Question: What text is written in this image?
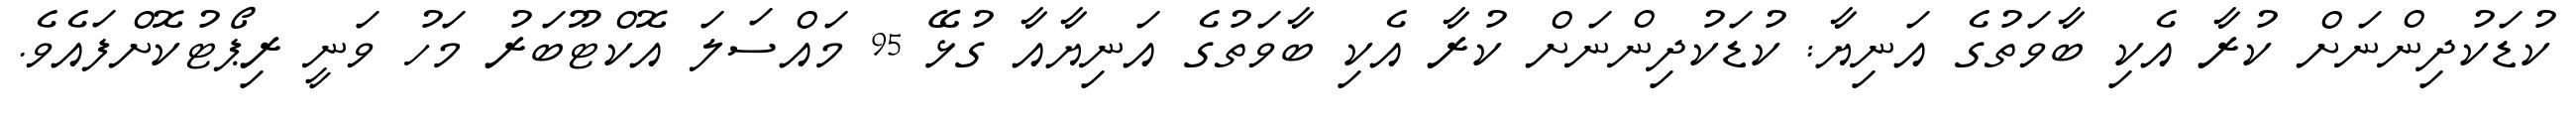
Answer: ކުޑަކުދިންނަށް ކުރާ އެކި ބާވަތުގެ އަނިޔާ: ކުޑަކުދިންނަށް ކުރާ އެކި ބާވަތުގެ އަނިޔާއާ ގުޅޭ 95 މައްސަލަ އޮކްޓޫބަރު މަހު ވަނީ ރިޕޯޓުކޮށްފައެވެ.